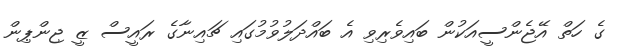
ގެ ހަތް އޭޖެންސީއަކުން ބައިވެރިވި އެ ބައްދަލުވުމުގައި ޗައިނާގެ ރައީސް ޒީ ޖިންޕިން